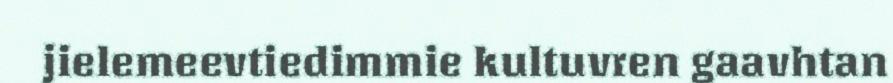
jielemeevtiedimmie kultuvren gaavhtan